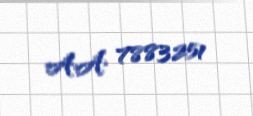
AA 7883251